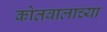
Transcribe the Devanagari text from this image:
कोतवालाच्या